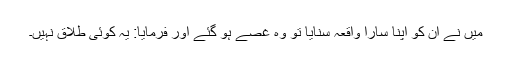
میں نے ان کو اپنا سارا واقعہ سنایا تو وہ غصے ہو گئے اور فرمایا: یہ کوئی طلاق نہیں۔